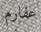
عفارم